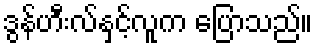
ဒွန်ဟီးလ်နှင့်လူက ပြောသည်။